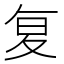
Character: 复